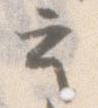
云